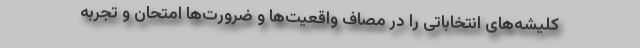
کلیشه‌های انتخاباتی را در مصاف واقعیت‌ها و ضرورت‌ها امتحان و تجربه